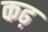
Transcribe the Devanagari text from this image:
कढ़